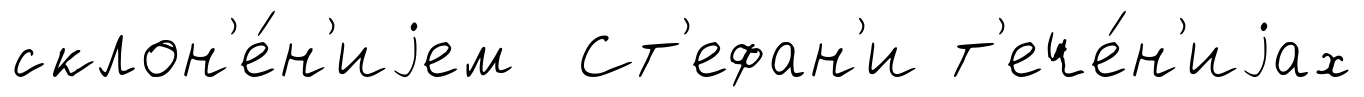
склон'е́н'иjем Ст'ефан'и т'ече́н'иjах